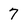
Character: 7